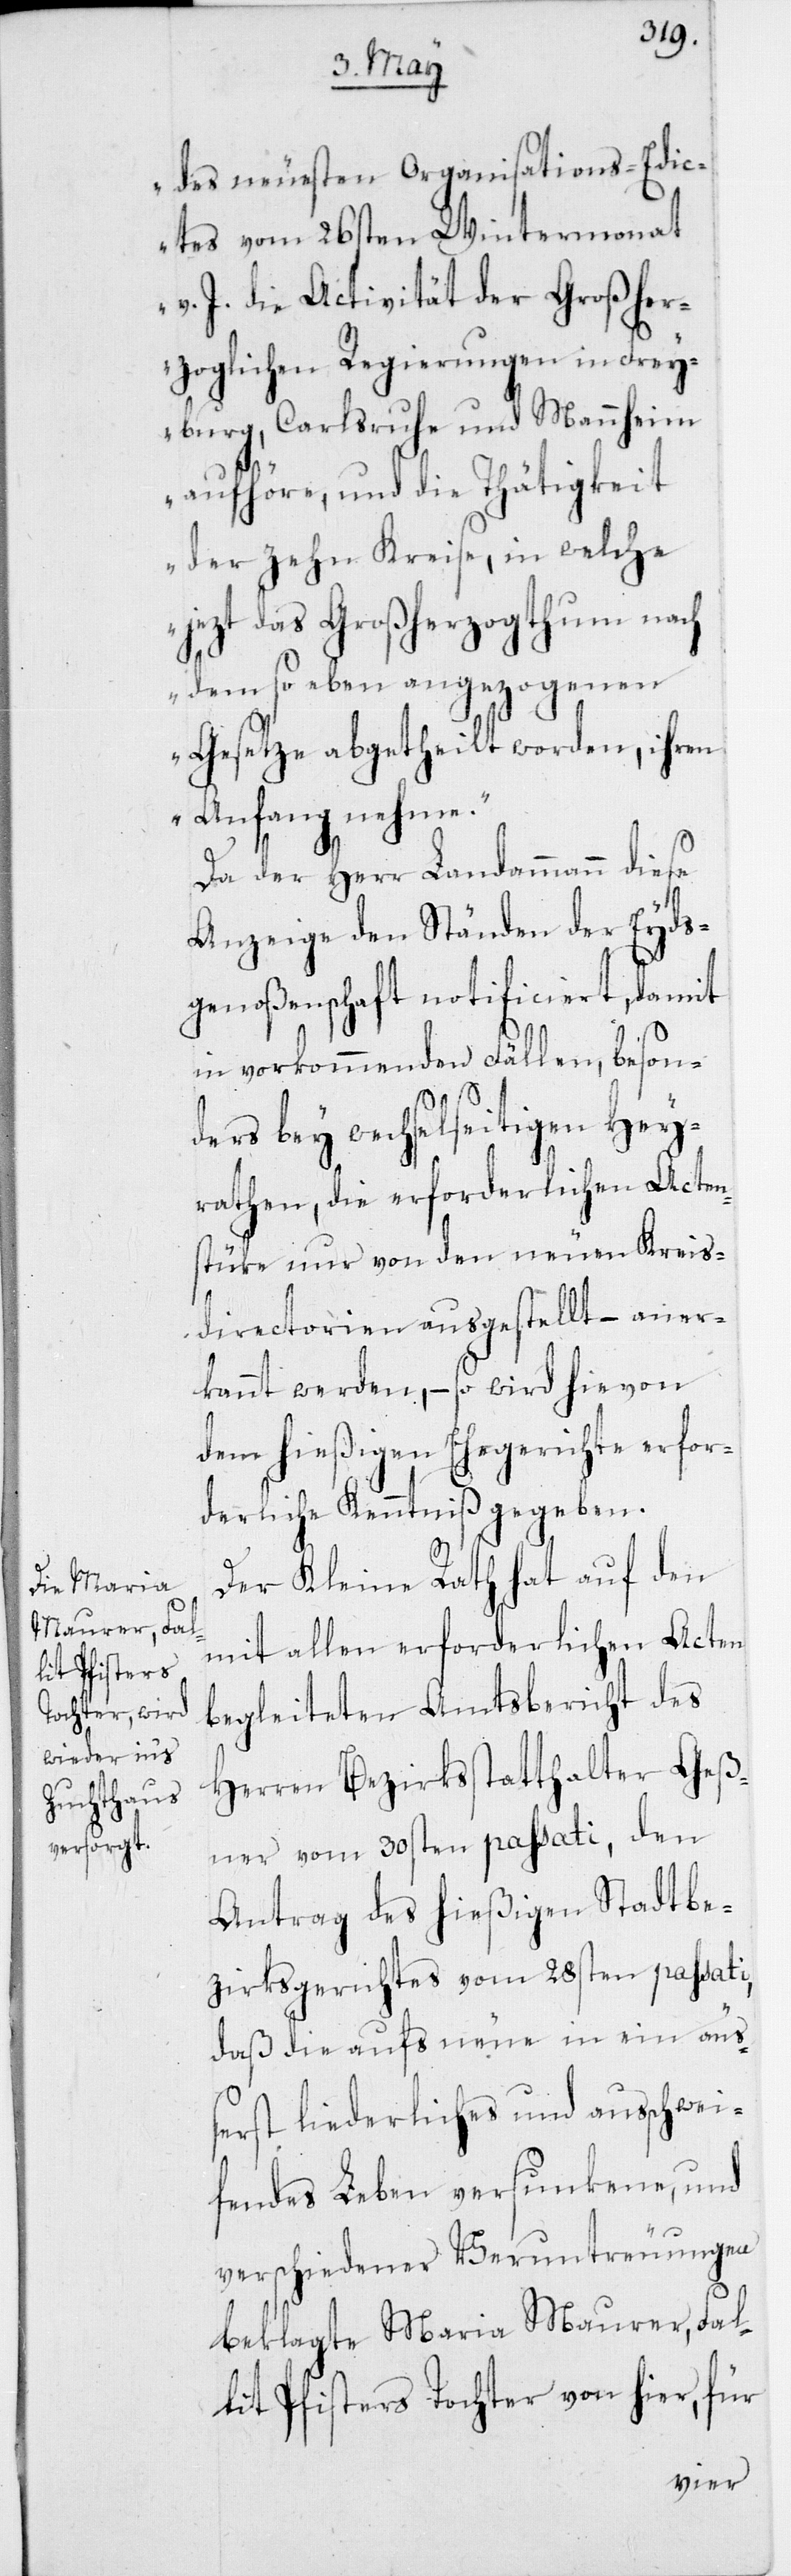
des neuesten Organisations-Edi¬
ctes vom 26sten Wintermonat
v. J. die Activität der Großher¬
zoglichen Regierungen in Frey¬
burg, Carlsruhe und Mannheim
aufhöre, und die Thätigkeit
der zehn Kreise, in welche
jezt das Großherzogthum nach
dem so eben angezogenen
Gesetze abgetheilt worden, ihren
Anfang nehme.“
Da der Herr Landammann diese
Anzeige den Ständen der Eyds¬
genoßenschaft notificiert, damit
in vorkommenden Fällen, beson¬
ders bey wechselseitigen Hey¬
rathen, die erforderlichen Acten¬
stüke nur von den neuen Kreis¬
directorien ausgestellt, – aner¬
kannt werden, – so wird hievon
dem hießigen Ehegerichte erfor¬
derliche Kenntniß gegeben.
Der Kleine Rath hat auf den
mit allen erforderlichen Acten
begleiteten Amtsbericht des
Herren Bezirksstatthalter Geß¬
ner vom 30sten passati, den
Antrag des hießigen Stadtbe¬
zirksgerichtes vom 28sten passati,
aus¬
daß die aufs neue
schwei¬
ßerst liederliches und
fendes Leben versunkene, und
verschiedener Veruntreuungen
beklagte Maria Maurer, Fal¬
lit Pfisters Tochter von hier, für